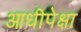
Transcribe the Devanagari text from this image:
आधीपेक्षा